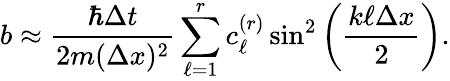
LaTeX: b\approx\frac{\hbar\Delta t}{2m(\Delta x)^{2}}\displaystyle\sum_{\ell=1}^{r}c_{\ell}^{(r)}\sin^{2}\left(\frac{k\ell\Delta x}{2}\right).